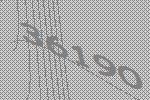
36190